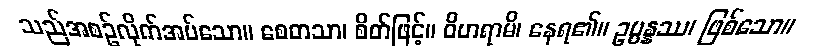
သည်အစဉ်လိုက်အပ်သော။ စေတသာ၊ စိတ်ဖြင့်။ ဝိဟရာမိ၊ နေရ၏။ ဥပ္ပန္နဿ၊ ဖြစ်သော။